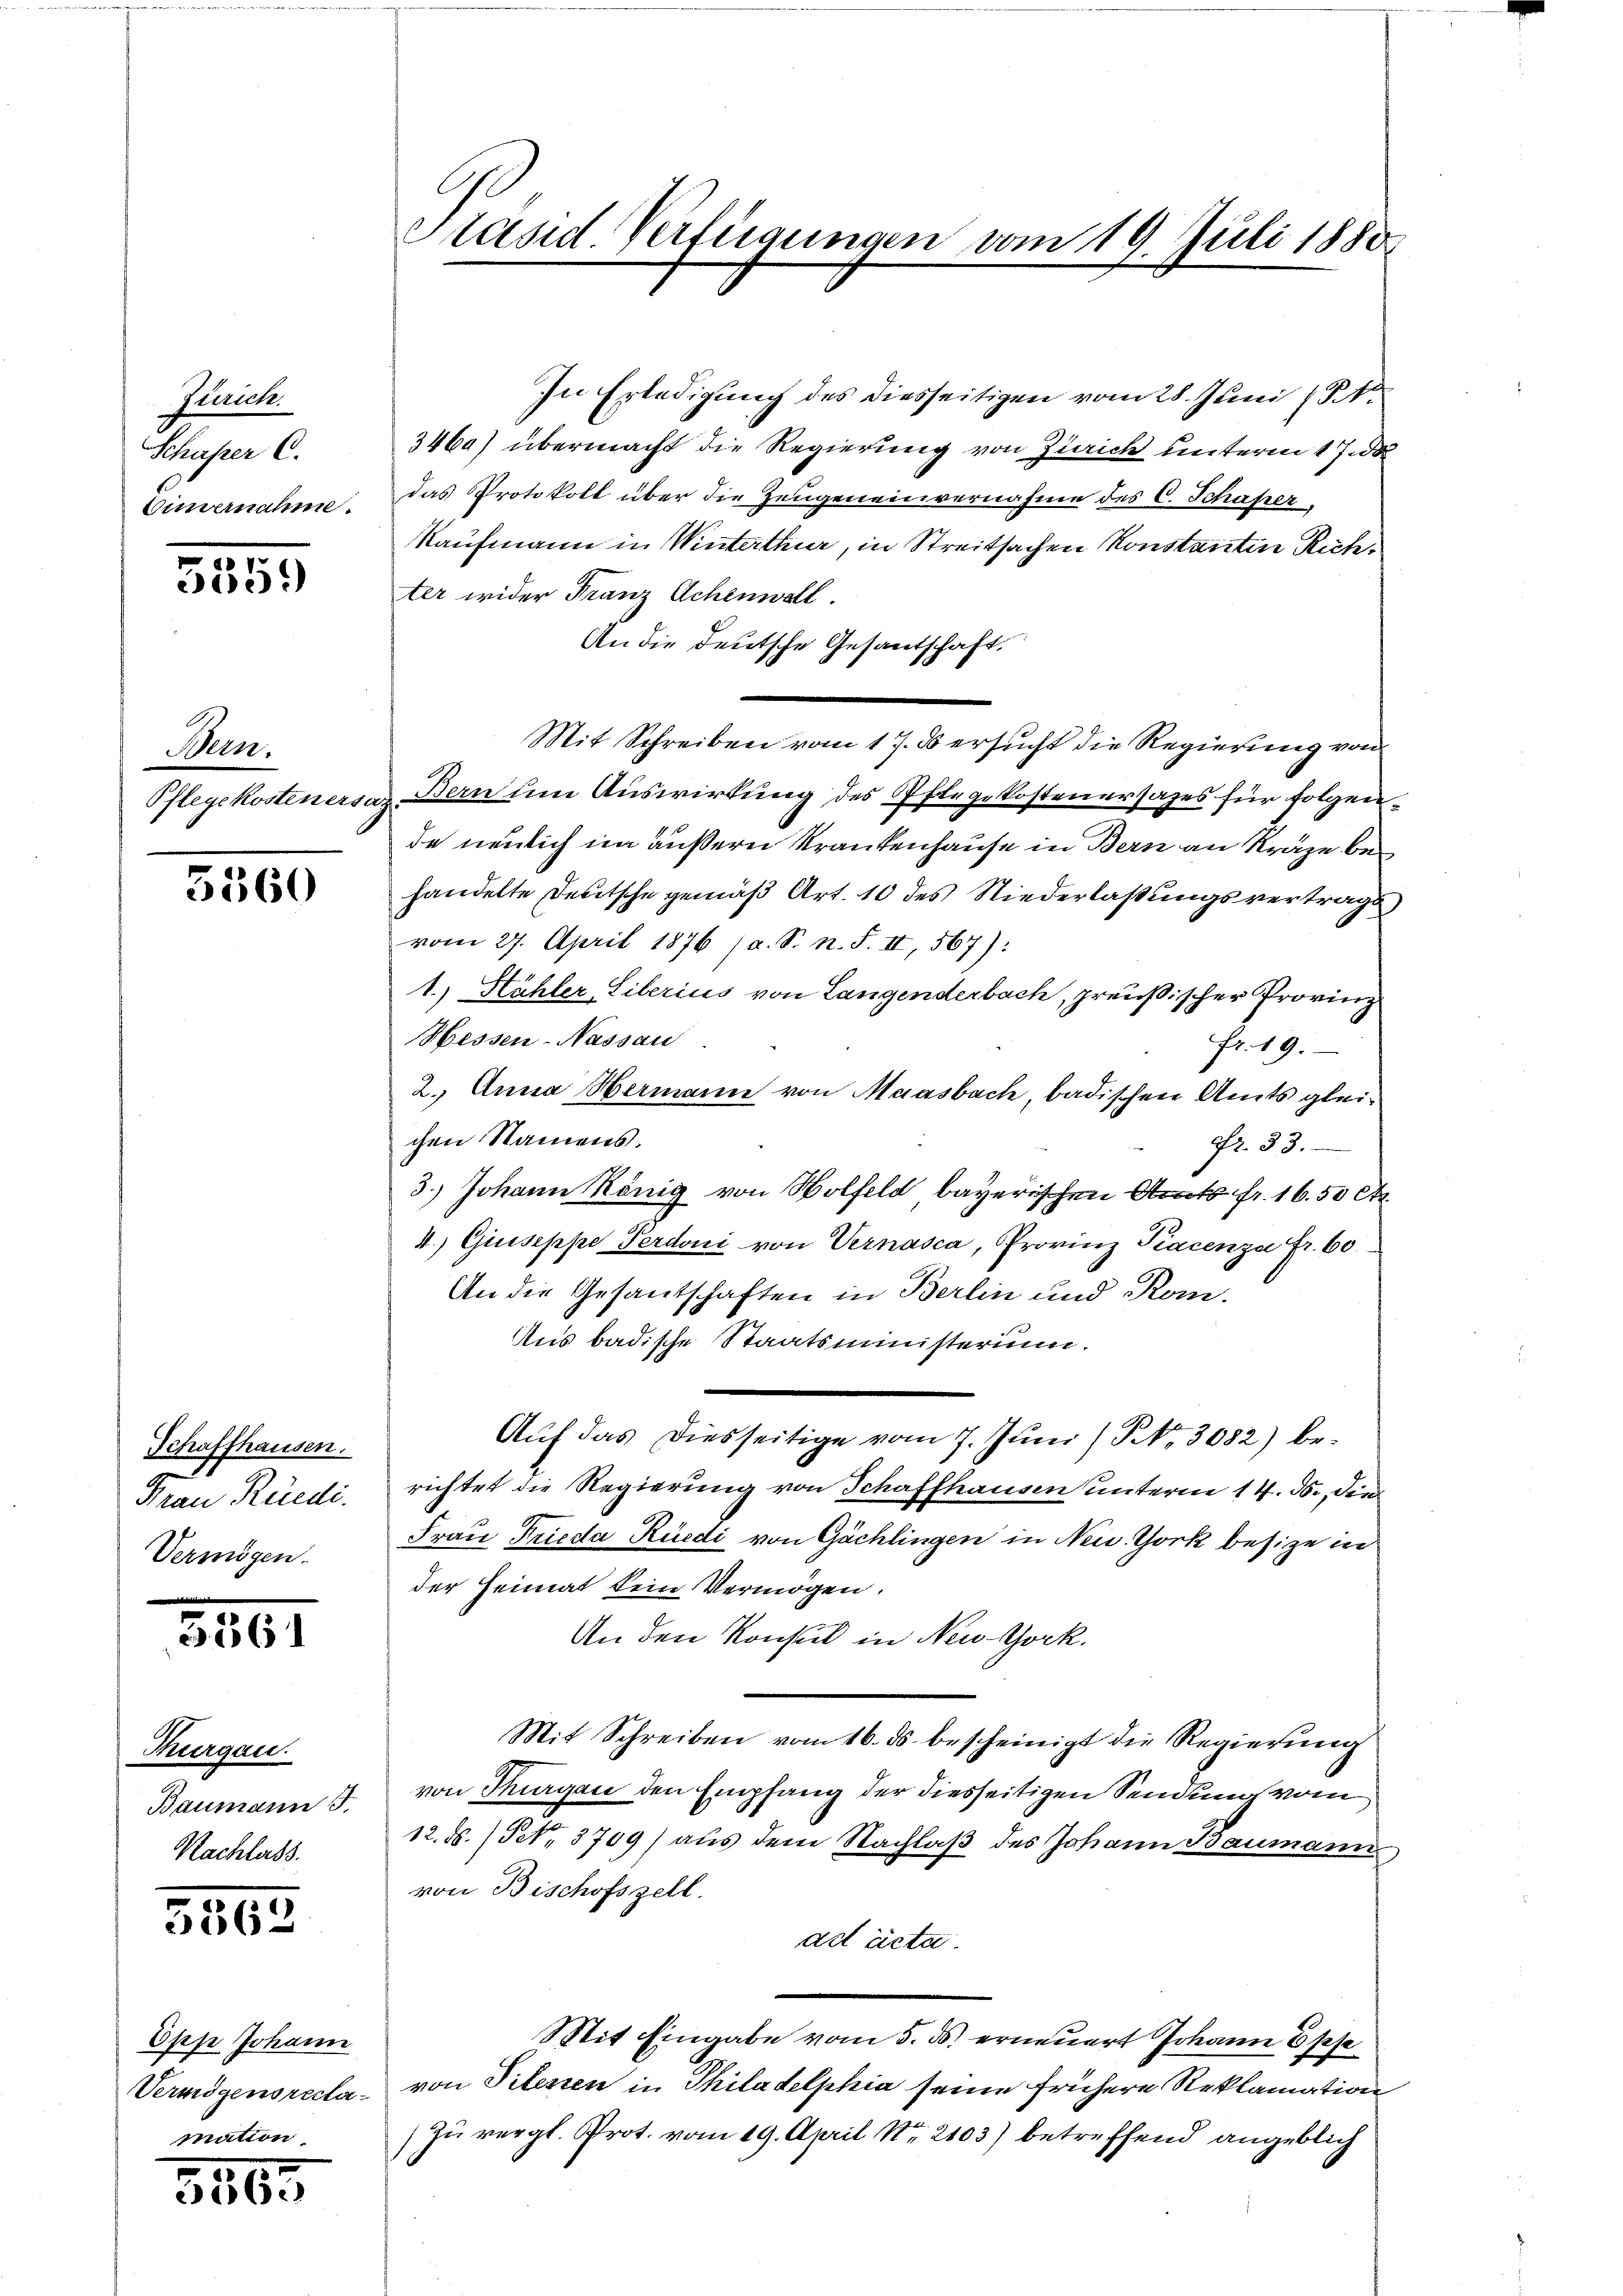
Zurück
Schaper C.
Gümernahme.

5559

Bern.
Pflegekosten ers

5560

Schaffhausen.
Frau Rüedi.
Vermögen.

5361

Thurgau.
Baumann J.
Nachlass.

5362

Opp Johann
Vermögensreclamation

3805

Präsid. Verfügungen vom 19. Juli 1880

In Erledigung des diesseitigen vom 28. Juni 18
3460) übermacht die Regierung von Zürich unterm 17. de
das Protokoll über die Zeugeneinvernahme des C. Schafelt,
Kaufmann in Winterthur, in Streitsachen Konstantin Richter wider Franz Achenwall.
An die deutsche Gesantschaft.
Mit Schreiben vom 17. ds ersucht die Regierung von
n Bern um Auswirkung des Pflegekostenersages für folgende neulich im äußern Krankenhause in Bern an Kräge behandelte Deutsche gemäß Art. 10 des Niederlaßungsvertrags
vom 27. April 1876 (a. S. n. F. II, 567):
1.) Stähler, Liberius von Langenderbach, preußischer Provinz
Hessen-Nassau
fr. 19.
2.) Anna Hermann von Maasbach, badischen Amts gleichen Namens.
Fr. 33.
3.) Johann König von Wolfeld bayerischen Amts fr. 16. 50 Ct.
4.) Guseppe Perdoni von Vernasca, Provinz Kacenza fr. 60
An die Gesantschaften in Berlin und Kom-
Aus badische Staatsministerium.
Aŭf das diesseitige vom 7. Juni / NNo. 3082) be-
richtet die Regierung von Schaffhausen unterm 14. J., die
Frau Frieda Rüedi von Gächlingen in New York besize in
der Heimat kein Vermögen.
An den Konsul in New-York.
Mit Schreiben vom 16. ds. bescheinigt die Regierung
von Thurgau den Empfang der diesseitigen Sendung vom
12. d. / Pct. 3709) aus dem Nachlaβ des Johann Baumann
von Bischofszell.
ad acta
Mit Eingabe vom 5. ds. erneuert Johann Esse
von Pitesten in Philadelphia seine frühere Reklamation
Zu vergl. Prot. vom 19. April Nr. 2103) betreffend angeblich